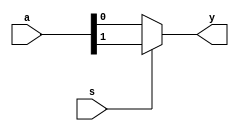
`timescale 1ns / 1ps
//////////////////////////////////////////////////////////////////////////////////
// Company: CASEST, University of Hyderabad
// 
// Design Name: 
// Module Name: _2x1_mux_vector
// Project Name: 
// Target Devices: 
// Tool Versions: 
// Description: 
// 
// Dependencies: 
// 
// Revision:
// Revision 0.01 - File Created
// Additional Comments:
// 
//////////////////////////////////////////////////////////////////////////////////


module _2x1_mux_vector(
    output y,
    input s,
    input [1:0]a
    );
    
    assign y = s ? a[1] : a[0]; 
    
endmodule